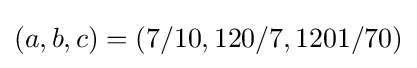
(a,b,c)=(7/10,120/7,1201/70)